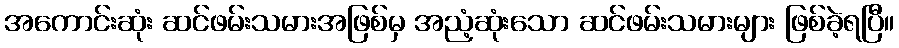
အကောင်းဆုံး ဆင်ဖမ်းသမားအဖြစ်မှ အညံ့ဆုံးသော ဆင်ဖမ်းသမားများ ဖြစ်ခဲ့ရပြီ။